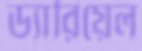
ড্যারিয়েল